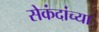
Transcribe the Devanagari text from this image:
सेकंदांच्या